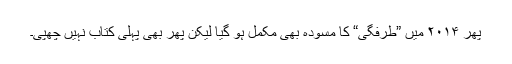
پھر ۲۰۱۴ میں ”طرفگی“ کا مسودہ بھی مکمل ہو گیا لیکن پھر بھی پہلی کتاب نہیں چھپی۔